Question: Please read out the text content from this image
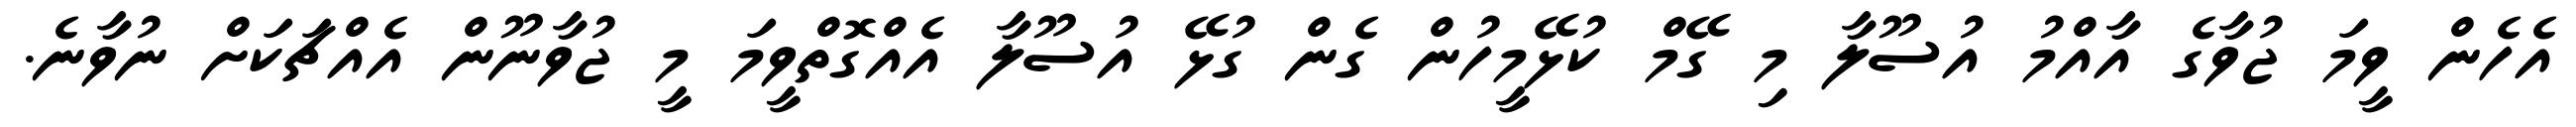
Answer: އެހެން ވީމަ ޖުވާގެ އާއްމު އުސޫލާ މި ގޭމް ކުޅޭމީހުން ގެން ގުޅޭ އުސޫލާ އެއްގޮތްވީމަ މީ ޖުވާނޫން އެއްޗަކަށް ނުވާނެ.